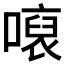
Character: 𱔨